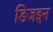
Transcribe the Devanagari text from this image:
डिजइन